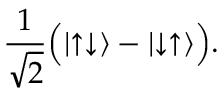
{ \frac { 1 } { \sqrt { 2 } } } { \Big ( } | { \uparrow \downarrow } \rangle - | { \downarrow \uparrow } \rangle { \Big ) } .